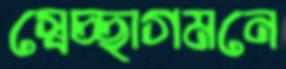
স্বেচ্ছাগমনে